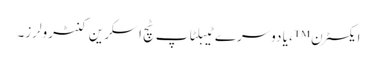
ایکسٹرن ™ ، یا دوسرے ٹیبلٹاپ ٹچ اسکرین کنٹرولرز۔